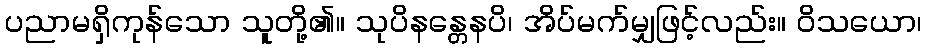
ပညာမရှိကုန်သော သူတို့၏။ သုပိနန္တေနပိ၊ အိပ်မက်မျှဖြင့်လည်း။ ဝိသယော၊